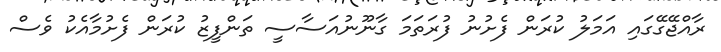
ރާއްޖޭގޭގައި އަމަލު ކުރަން ފެށުނު ފުރަތަމަ ގާނޫނުއަސާސީ ތަންފީޒު ކުރަން ފެށުމާއެކު ވެސް